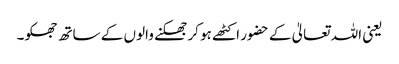
یعنی اللہ تعالیٰ کے حضور اکٹھے ہو کر جھکنے والوں کے ساتھ جھکو۔